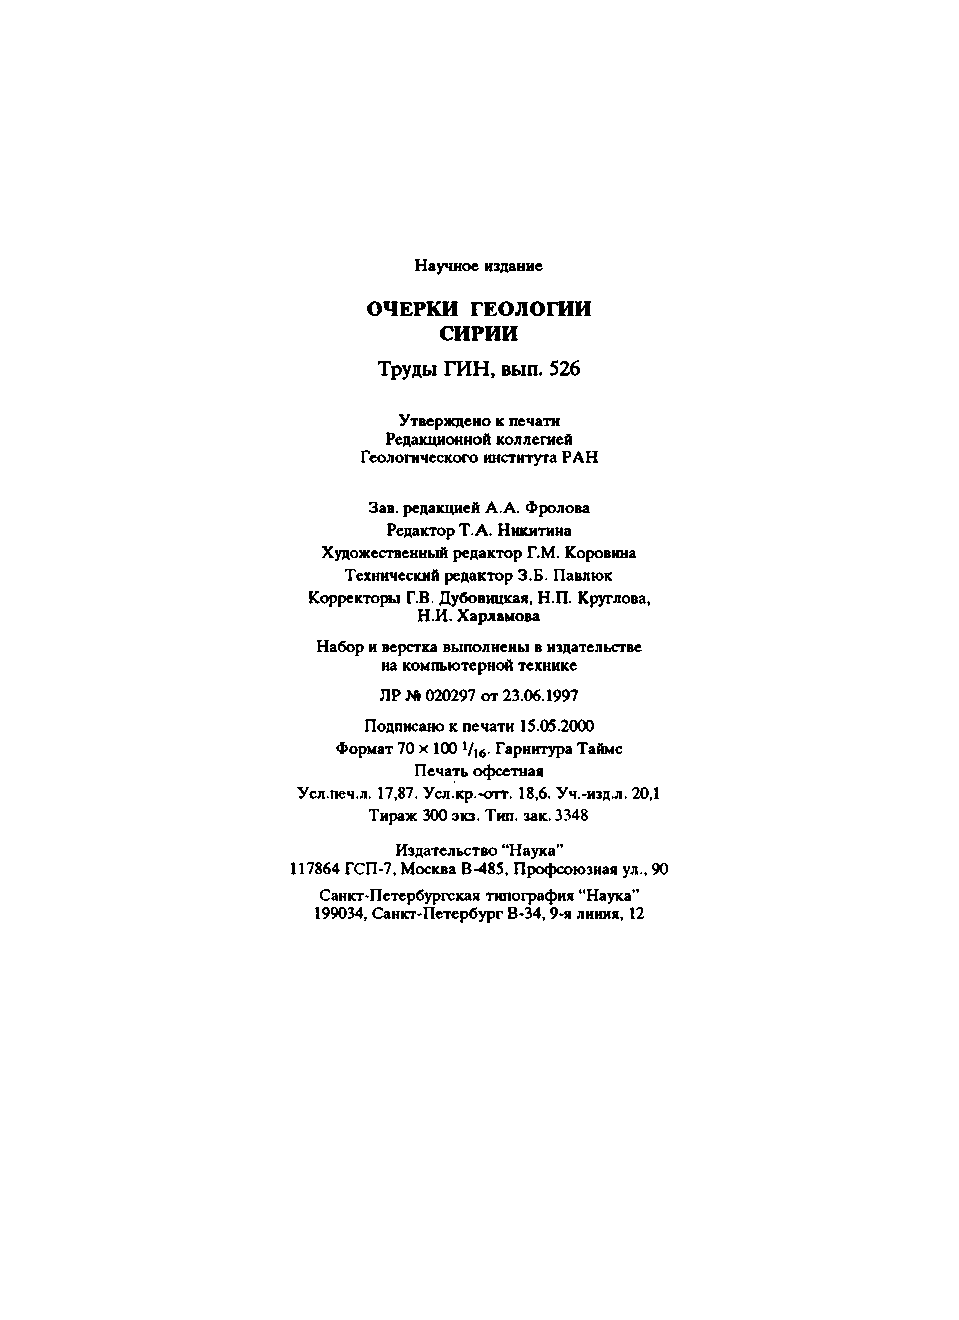
Научное издание
 ОЧЕРКИ ГЕОЛОГИИ
 СИРИИ
 Труды ГИН, вып. 526
 Утверждено к печати
 Редакционной коллегией
 Геологического института РАН
 Зав. редакцией А.А. Фролова
 Редактор Т. А. Никитина
 Художественный редактор Г.М. Коровина
 Технический редактор З.Б. Павлюк
 Корректоры Г.В. Дубовицкая, Н.П. Круглова,
 Н.И. Харламова
 Набор и верстка выполнены в издательстве
 на компьютерной технике
 ЛР № 020297 от 23.06.1997
 Подписано к печати 15.05.2000
 Формат 70 х 100 Vie- Гарнитура Таймс
 Печать офсетная
 Усл.печ.л. 17,87. Усл.кр.-отт. 18,6. Уч.-изд.л. 20,1
 Тираж 300 экз. Тип. зак. 3348
 Издательство “Наука”
 117864 ГСП-7, Москва В-485, Профсоюзная ул., 90
 Санкт-Петербургская типография “Наука”
 199034, Санкт-Петербург В-34, 9-я линия, 12